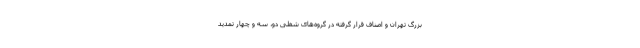
بزرگ تهران و اصناف قرار گرفته در گروه‌های شغلی دو، سه و چهار تمدید